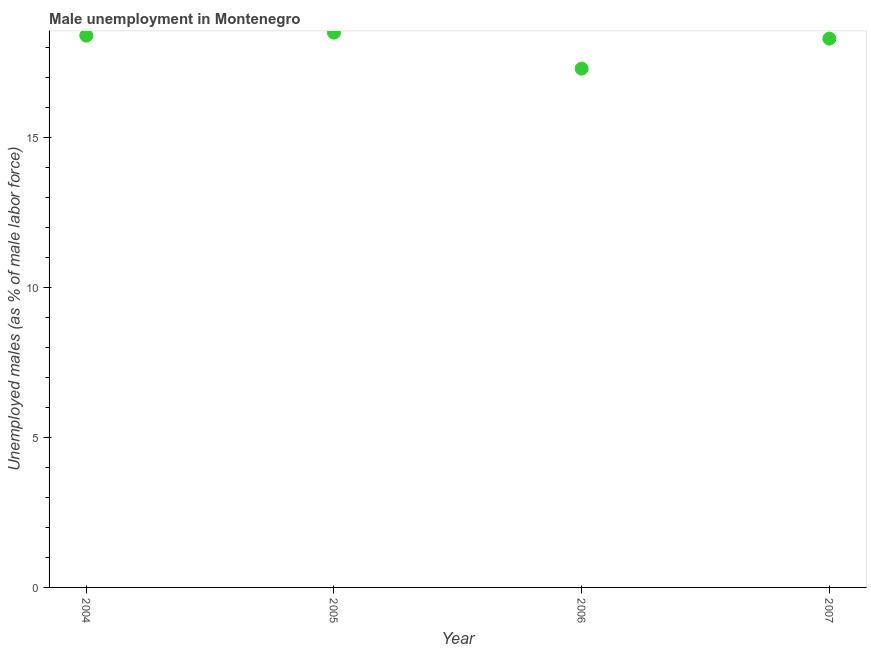
| Year | Unemployment |
 | --- | --- |
 | 2004 | 18.4 |
 | 2005 | 18.5 |
 | 2006 | 17.3 |
 | 2007 | 18.3 |